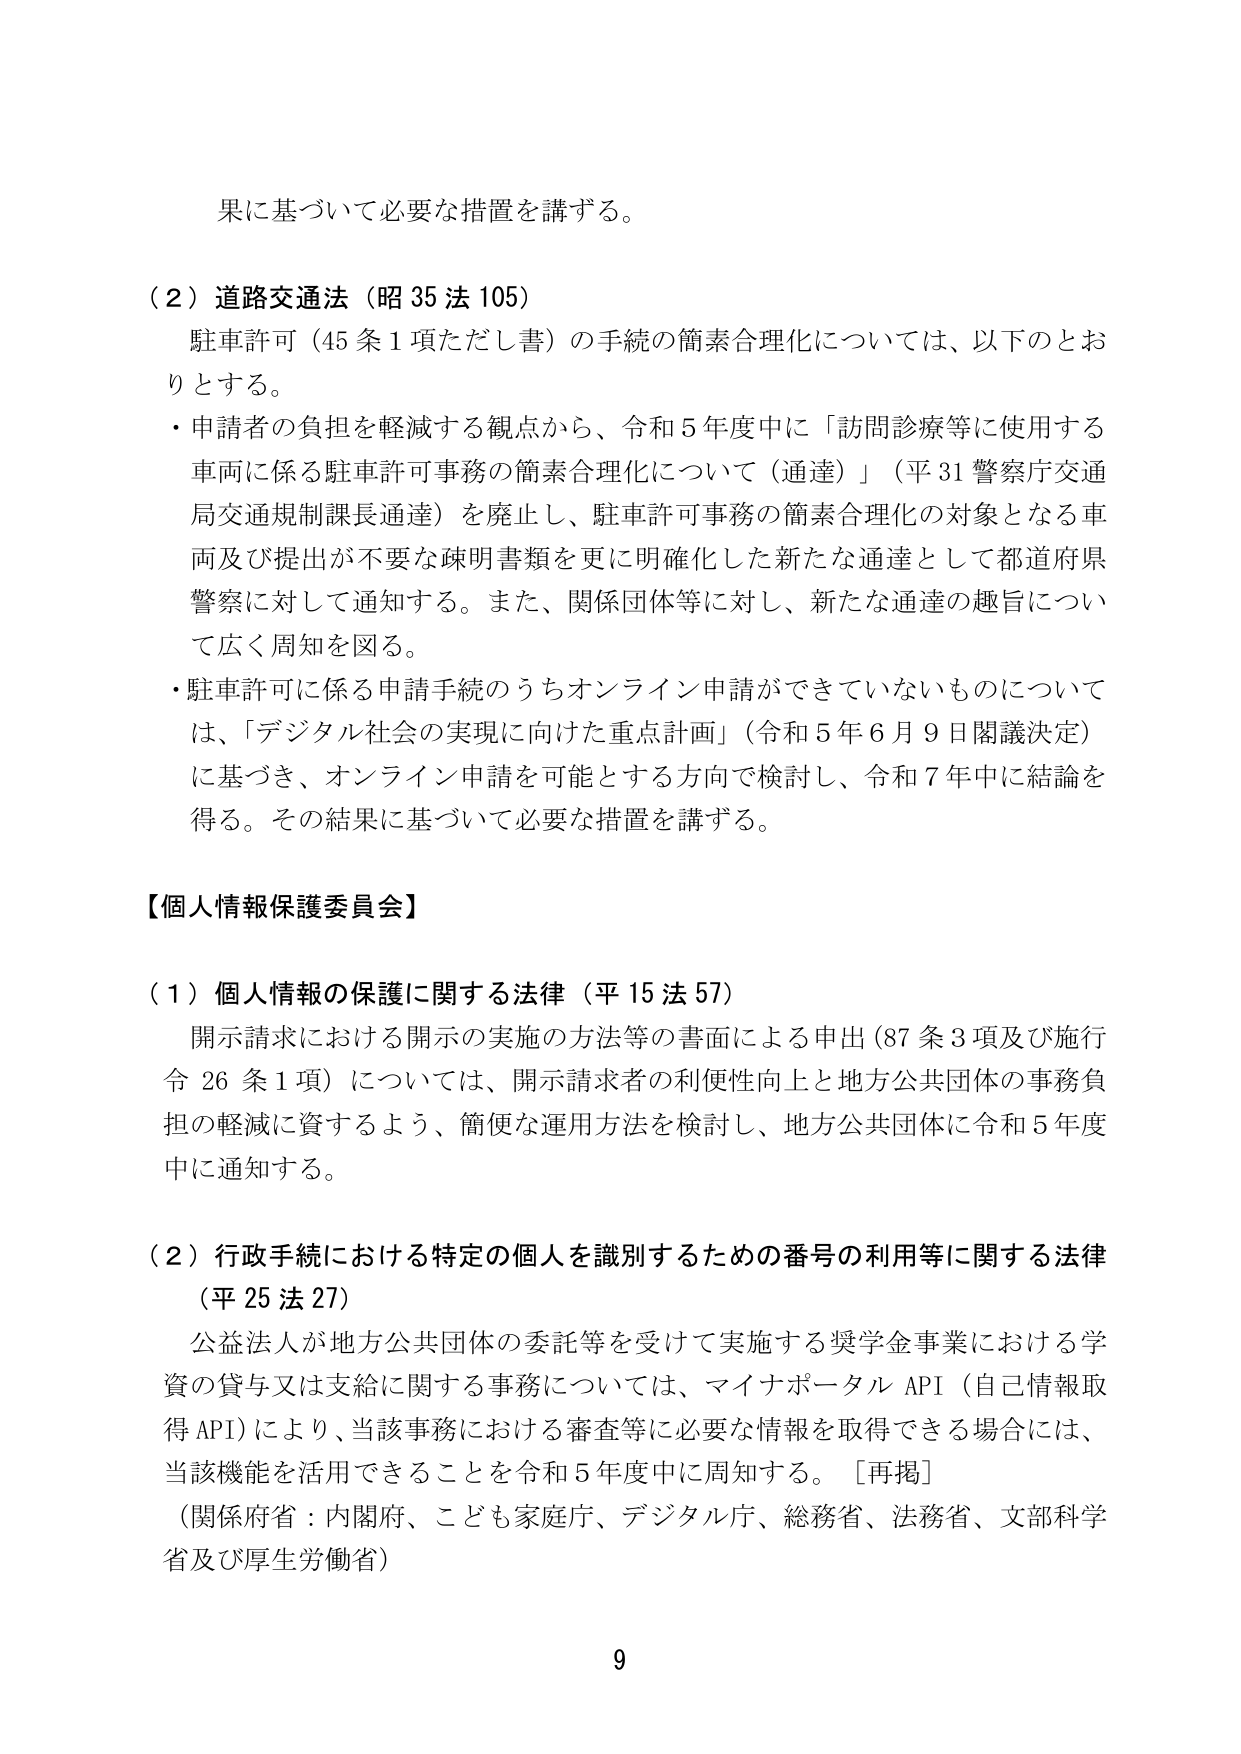
果に基づいて必要な措置を講ずる。

（２）道路交通法（昭35法105）
駐車許可（45条1項ただし書）の手続の簡素合理化については、以下のとおりとする。
・申請者の負担を軽減する観点から、令和5年度中に「訪問診療等に使用する車両に係る駐車許可事務の簡素合理化について（通達）」（平31警察庁交通局交通規制課長通達）を廃止し、駐車許可事務の簡素合理化の対象となる車両及び提出が不要な疎明書類を更に明確化した新たな通達として都道府県警察に対して通知する。また、関係団体等に対し、新たな通達の趣旨について広く周知を図る。
・駐車許可に係る申請手続のうちオンライン申請ができていないものについては、「デジタル社会の実現に向けた重点計画」（令和5年6月9日閣議決定）に基づき、オンライン申請を可能とする方向で検討し、令和7年中に結論を得る。その結果に基づいて必要な措置を講ずる。

【個人情報保護委員会】

（１）個人情報の保護に関する法律（平15法57）
開示請求における開示の実施の方法等の書面による申出（87条3項及び施行令26条1項）については、開示請求者の利便性向上と地方公共団体の事務負担の軽減に資するよう、簡便な運用方法を検討し、地方公共団体に令和5年度中に通知する。

（２）行政手続における特定の個人を識別するための番号の利用等に関する法律（平25法27）
公益法人が地方公共団体の委託等を受けて実施する奨学金事業における学資の貸与又は支給に関する事務については、マイナポータルAPI（自己情報取得API）により、当該事務における審査等に必要な情報を取得できる場合には、当該機能を活用できることを令和5年度中に周知する。［再掲］
（関係府省：内閣府、こども家庭庁、デジタル庁、総務省、法務省、文部科学省及び厚生労働省）

9